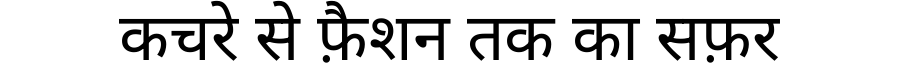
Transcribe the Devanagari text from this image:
कचरे से फ़ैशन तक का सफ़र